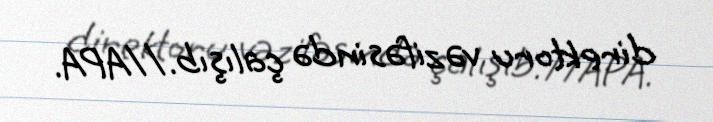
direktoru vəzifəsində çalışıb.//APA.